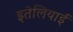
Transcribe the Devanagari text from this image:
इतेलियाई